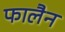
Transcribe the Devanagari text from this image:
फालैन